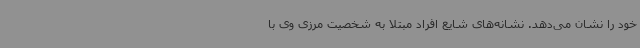
خود را نشان می‌دهد. نشانه‌های شایع افراد مبتلا به شخصیت مرزی وی با